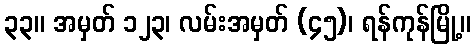
၃၃။ အမှတ် ၁၂၃၊ လမ်းအမှတ် (၄၅)၊ ရန်ကုန်မြို့။